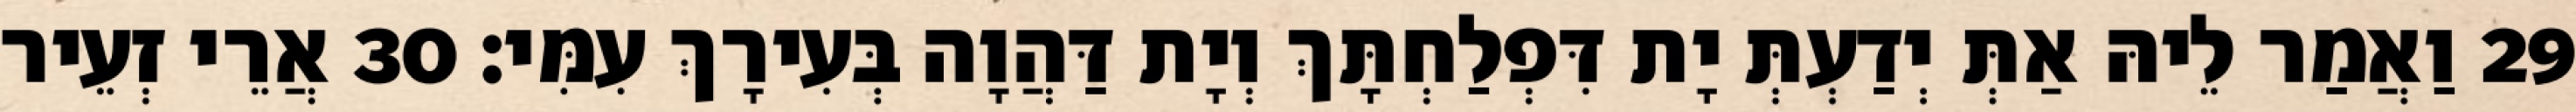
29 וַאֲמַר לֵיהּ אַתְּ יְדַעְתְּ יָת דִּפְלַחְתָּךְ וְיָת דַּהֲוָה בְּעִירָךְ עִמִּי׃ 30 אֲרֵי זְעֵיר